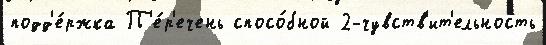
подд'е́ржка П'е́р'ечень спосо́бной 2-чувств'ит'ельность